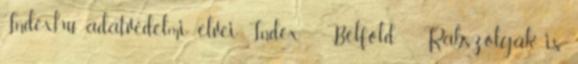
Index.hu adatvédelmi elvei Index - Belföld - Rabszolgák is